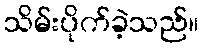
သိမ်းပိုက်ခဲ့သည်။